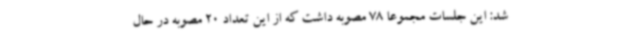
شد: این جلسات مجموعا 78 مصوبه داشت که از این تعداد 20 مصوبه در حال